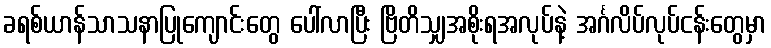
ခရစ်ယာန်သာသနာပြုကျောင်းတွေ ပေါ်လာပြီး ဗြိတိသျှအစိုးရအလုပ်နဲ့ အင်္ဂလိပ်လုပ်ငန်းတွေမှာ